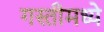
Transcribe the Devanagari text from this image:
गस्तीमध्ये